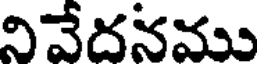
నివేదనము